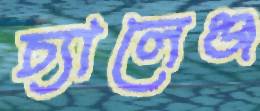
চ্যালেঞ্জ